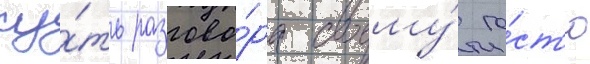
су́ть разгово́ра своему́ го́ст'ю